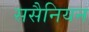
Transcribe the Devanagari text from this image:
ससैनियन